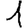
Digit: 1